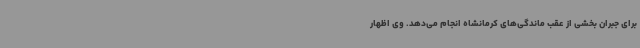
برای جبران بخشی از عقب ماندگی‌های کرمانشاه انجام می‌دهد. وی اظهار